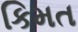
કિમત